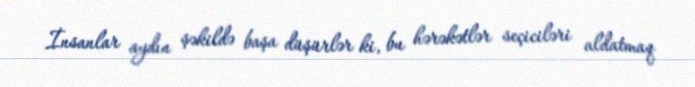
İnsanlar aydın şəkildə başa düşürlər ki, bu hərəkətlər seçiciləri aldatmaq